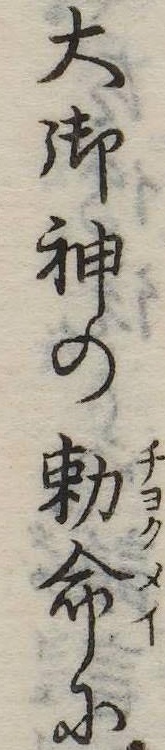
大御神の勅命に